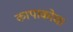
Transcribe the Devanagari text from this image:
कापाकोचा